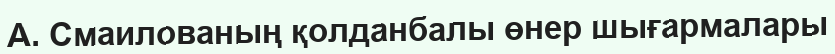
А. Смаилованың қолданбалы өнер шығармалары